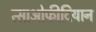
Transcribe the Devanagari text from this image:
त्साओफीदियान